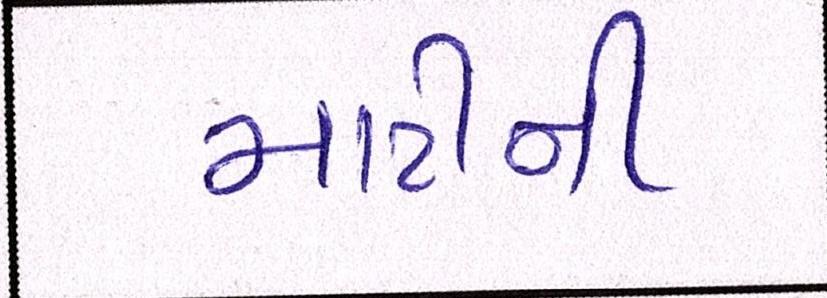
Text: માટીની